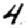
Digit: 4